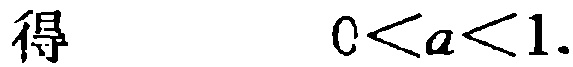
得 \(0 < a < 1\).